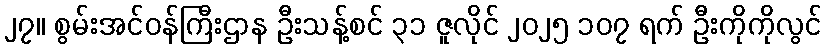
၂၇။ စွမ်းအင်ဝန်ကြီးဌာန ဦးသန့်စင် ၃၁ ဇူလိုင် ၂၀၂၅ ၁၀၇ ရက် ဦးကိုကိုလွင်